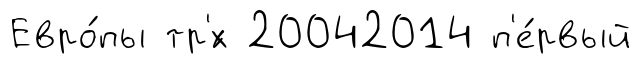
Евро́пы тр'́х 20042014 п'е́рвый